Vaccination in Bombay 1924-1928 - 1924-1928
Year: 1924
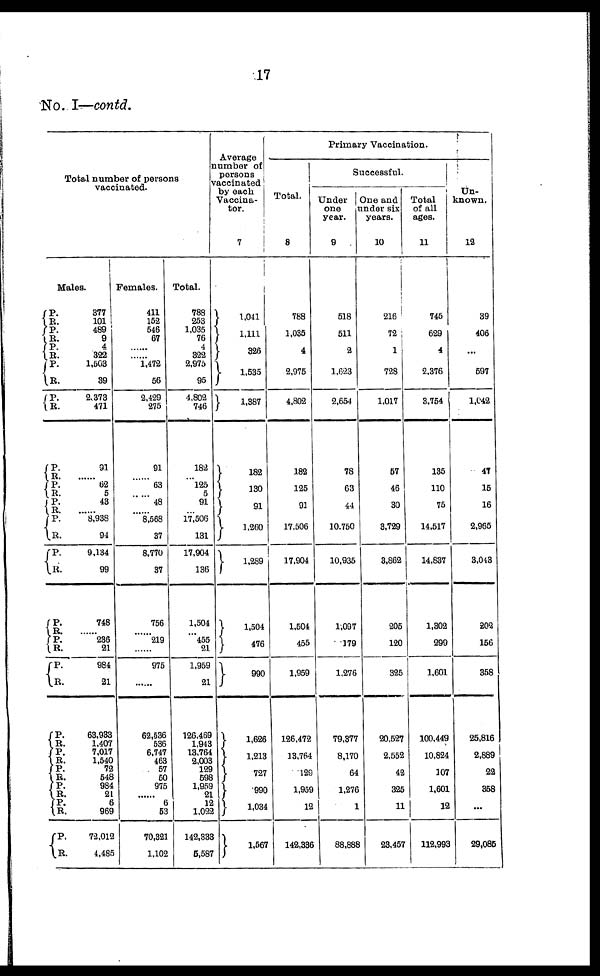
17
No. I—contd.
Total number of persons
vaccinated.
Males.
P.
R.
P. R.
P.
R.
P.
R.
P.
R.
P. R. P.
R.
P.
R.
P. R.
P.
R.
P.
R.
P.
R.
P.
R.
P.
R.
P.
R.
P.
R.
P.
R.
P.
R.
P. R.
377
101
489
9
4
322
1,503
39
2,373
471
91
...... 62
5
43
...... 8,938
94
9,134
99
748
...... 236
21
984
21
63,933
1,407
7,017
1,540
72
648
984
21
6
969
72,012
4,485
Females.
411
152
646
67
......
......
1,472
56
2,429
275
91
......
63
......
48
......
8,568
37
8,770
37
756
......
219
......
975
......
62,536
536
6,747
463
57
50
975
......
6
53
70,321
1,102
Total.
788
253
1,035
76
4
322
2,975
95
4,802
746
182
...
125
5
91
...
17,506
131
17,904
136
1,504
...
455
21
1,959
21
126,469
1,943
13,764
2,003
129
598
1,959
21
12
1,022
142,333
5,587
Average
number of
persons
vaccinated
by each
Vaccina¬
tor.
7
1,041
1,111
326
1,535
1,387
112
130
91
1,260
1,289
1,504
476
990
1,626
1,213
727
990
1,034
1,567
Primary Vaccination.
Total.
8
788
1,035
4
2,975
4,802
182
125
91
17,506
17,904
1,504
455
1,959
126,472
13,764
129
1,959
12
142,336
Successful.
Under
one
year.
9
518
511
2
1,623
2,654
78
63
44
10,750
10,935
1,097
179
1,276
79,377
8,170
64
1,276
1
88,888
One and
under six
years.
10
216
72
1
728
1,017
57
46
30
3,729
3,862
205
120
325
20,527
2,552
42
325
11
23,457
Total
of all
ages.
11
745
629
4
2,376
3,754
135
110
75
14,517
14,837
1,302
299
1,601
100,449
10,824
107
1,601
12
112,993
Un¬
known.
12
39
406
...
597
1,042
47
15
16
2,965
3,043
202
156
358
25,816
2,889
22
358
...
29,085